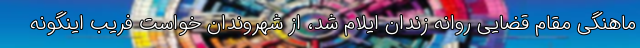
ماهنگی مقام قضایی روانه زندان ایلام شد، از شهروندان خواست فریب اینگونه